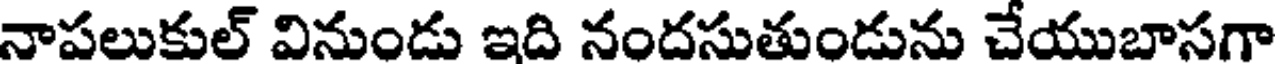
నాపలుకుల్ వినుండు ఇది నందసుతుండును చేయుబాసగా